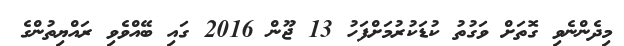
މިދެންނެވި ގޮތަށް ވަގުތު ކުޑަކުރުމަށްފަހު 13 ޖޫން 2016 ގައި ބޭއްވެވި ރައްޔިތުންގެ